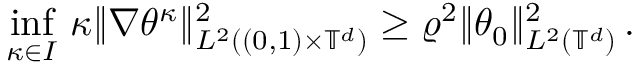
\operatorname* { i n f } _ { \kappa \in I } \, \kappa \| \nabla \theta ^ { \kappa } \| _ { L ^ { 2 } ( ( 0 , 1 ) \times \ensuremath { \mathbb { T } } ^ { d } ) } ^ { 2 } \geq \varrho ^ { 2 } \| \theta _ { 0 } \| _ { L ^ { 2 } ( \ensuremath { \mathbb { T } } ^ { d } ) } ^ { 2 } \, .